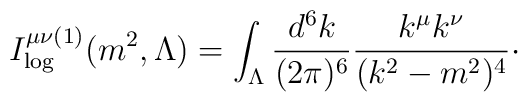
I_{\log }^{\mu \nu (1)}(m^{2},\Lambda )=\int_{\Lambda }\frac{d^{6}k}{(2\pi)^{6}}\frac{k^{\mu }k^{\nu }}{(k^{2}-m^{2})^{4}}\cdot